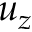
u _ { z }